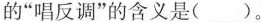
的”唱反调”的含义是( )。